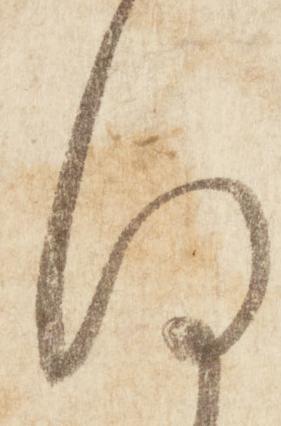
何